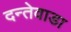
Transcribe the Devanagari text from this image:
दन्तेवाडा